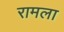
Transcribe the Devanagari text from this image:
रामला